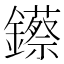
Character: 𨯓